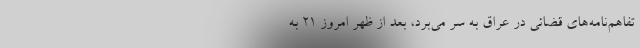
تفاهم‌نامه‌های قضائی در عراق به سر می‌برد، بعد از ظهر امروز 21 به